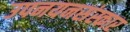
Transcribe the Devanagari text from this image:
उपनयनसंस्कार